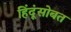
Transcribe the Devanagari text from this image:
हिंदूंसोबत